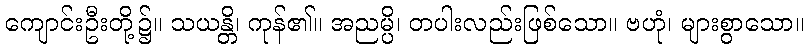
ကျောင်းဦးတို့၌။ သယန္တိ၊ ကုန်၏။ အညမ္ပိ၊ တပါးလည်းဖြစ်သော။ ဗဟုံ၊ များစွာသော။